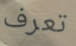
تعرف